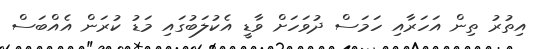
އިތުރު ތިން އަހަރާއި ހަމަސް ދުވަހަށް ވާޑީ އެކުލަބުގައި މަޑު ކުރަން އެއްބަސް